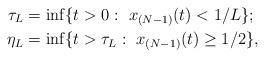
LaTeX: \begin{align*}\tau_L&=\inf\{t>0:\ x_{(N-1)}(t)<1/L\};\\\eta_L&=\inf\{t>\tau_L:\ x_{(N-1)}(t)\ge 1/2\},\end{align*}